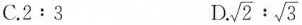
C. $$2:3$$ D $$\sqrt{2}: \sqrt{3}$$